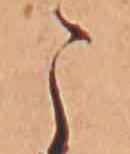
こ